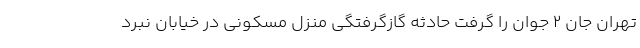
تهران جان ۲ جوان را گرفت حادثه گازگرفتگی منزل مسکونی در خیابان نبرد